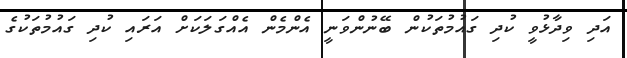
އަދި ވިދާޅުވީ ކުދި ގައުމުތަކުން ބޭނުންވަނީ އެންމެން އެއްގަލަކަށް އަރައި ކުދި ގައުމުތަކުގެ